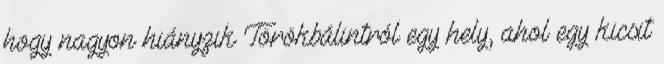
hogy nagyon hiányzik Törökbálintról egy hely, ahol egy kicsit